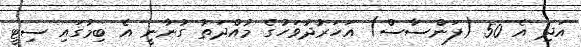
އަދި އެ 50 (ފަންސާސް) އަހަރުދުވަހުގެ މުއްދަތު ގުނާނީ އެ ބިމުގައި ސިޓީ